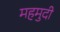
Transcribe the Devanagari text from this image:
महमुदी